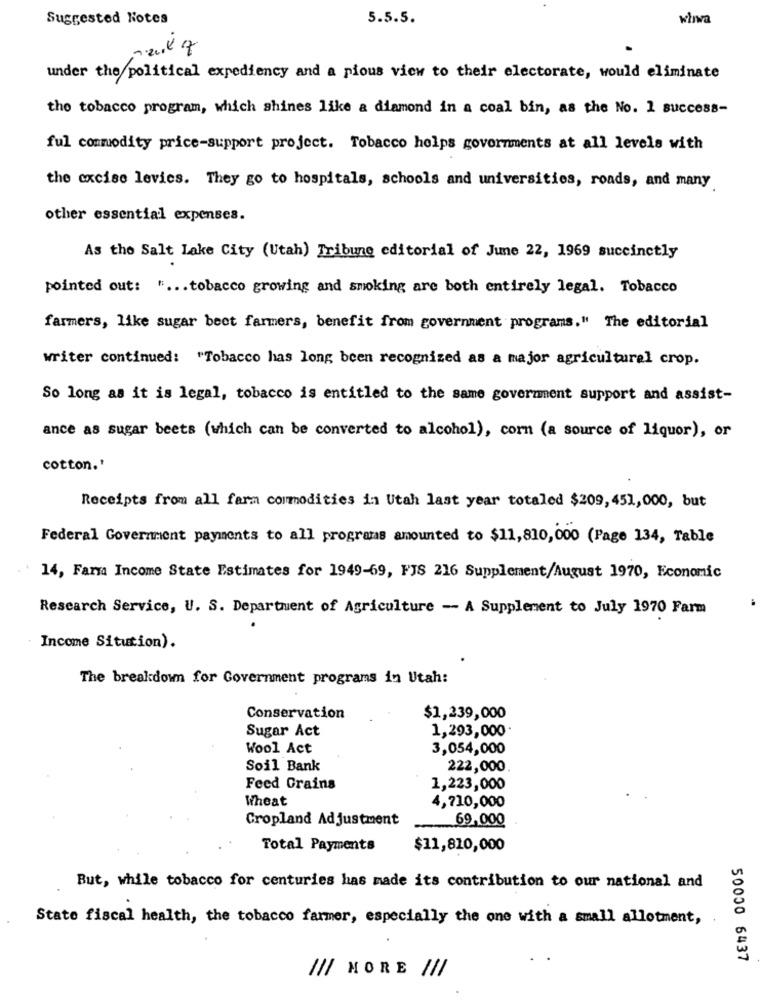
Suggested Notes
5.5.5.
whwa
under the political expediency and a pious view to their electorate, would eliminate
the tobacco program, which shines like a diamond in a coal bin, as the No. 1 success-
ful commodity price-support project. Tobacco helps governments at all levels with
the excise levies. They go to hospitals, schools and universities, roads, and many
other essential expenses.
As the Salt Lake City (Utah) Tribune editorial of June 22, 1969 succinctly
pointed out: " ... tobacco growing and smoking are both entirely legal. Tobacco
farmers, like sugar beet farmers, benefit from government programs." The editorial
writer continued: "Tobacco has long been recognized as a major agricultural crop.
So long as it is legal, tobacco is entitled to the same government support and assist-
ance as sugar beets (which can be converted to alcohol), corn (a source of liquor), or
cotton.'
Receipts from all farm commodities in Utah last year totaled $209, 451,000, but
Federal Government payments to all programs amounted to $11,810,000 (Page 134, Table
14, Farma Income State Estimates for 1949-69, FJS 216 Supplement/August 1970, Economic
Research Service, U. S. Department of Agriculture - A Supplement to July 1970 Farm
Income Sitution).
The breakdown for Government programs in Utah:
Conservation
$1,239,000
Sugar Act
1,293,000.
Wool Act
3,054,000
Soil Bank
222,000
Feed Crains
1,223,000
Wheat
4,710,000
Cropland Adjustment
69,000
Total Payments
$11,810,000
But, while tobacco for centuries has made its contribution to our national and
State fiscal health, the tobacco farmer, especially the one with a small allotment,
50000 6437
/// MORE ///